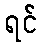
ရင်